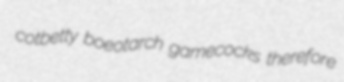
cotbetty boeotarch gamecocks therefore